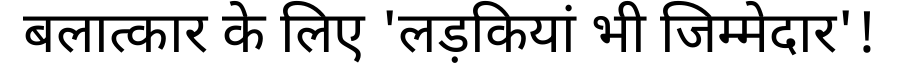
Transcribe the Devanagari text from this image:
बलात्कार के लिए 'लड़कियां भी जिम्मेदार'!